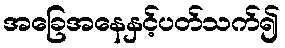
အခြေအနေနှင့်ပတ်သက်၍